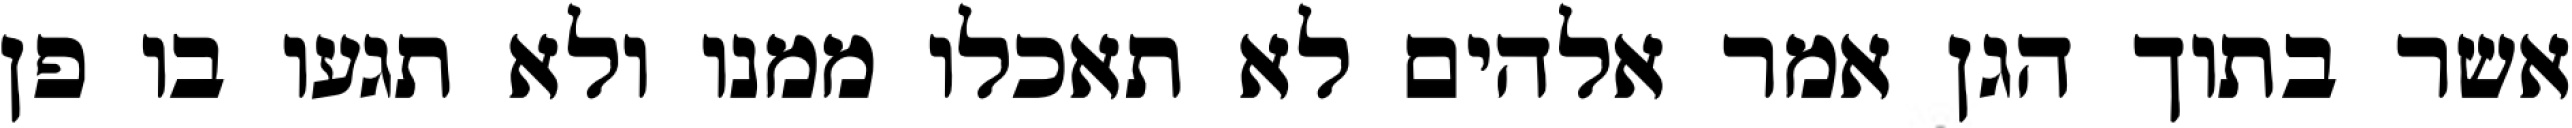
אשר בתוך הגן אמר אלהים לא תאכלו ממנו ולא תגעו בו פן